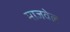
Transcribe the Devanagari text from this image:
माजवेल